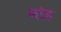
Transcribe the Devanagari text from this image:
मांह